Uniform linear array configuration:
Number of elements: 12
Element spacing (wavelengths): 0.75
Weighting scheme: kaiser
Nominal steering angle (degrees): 45
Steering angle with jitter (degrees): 45.207
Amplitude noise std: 0.05
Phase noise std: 0.05

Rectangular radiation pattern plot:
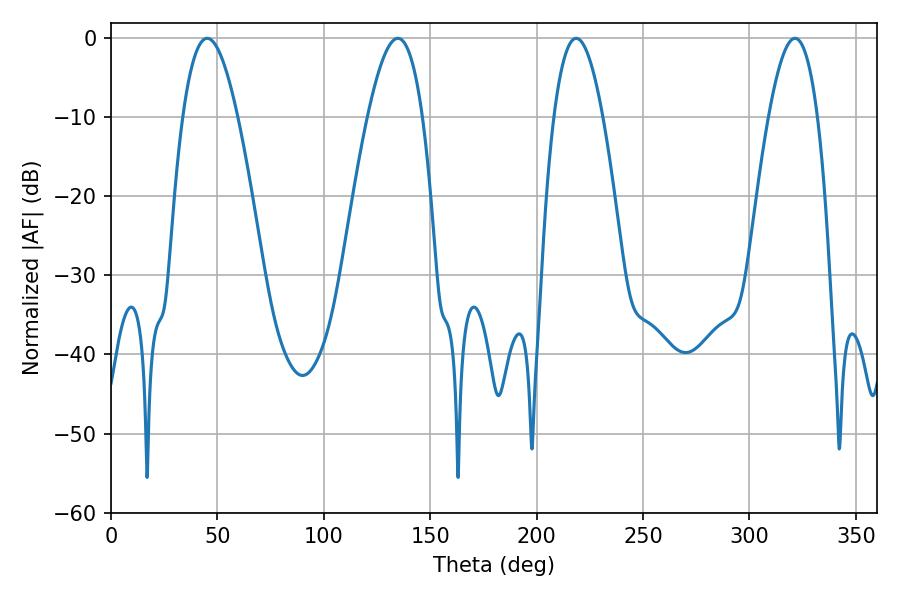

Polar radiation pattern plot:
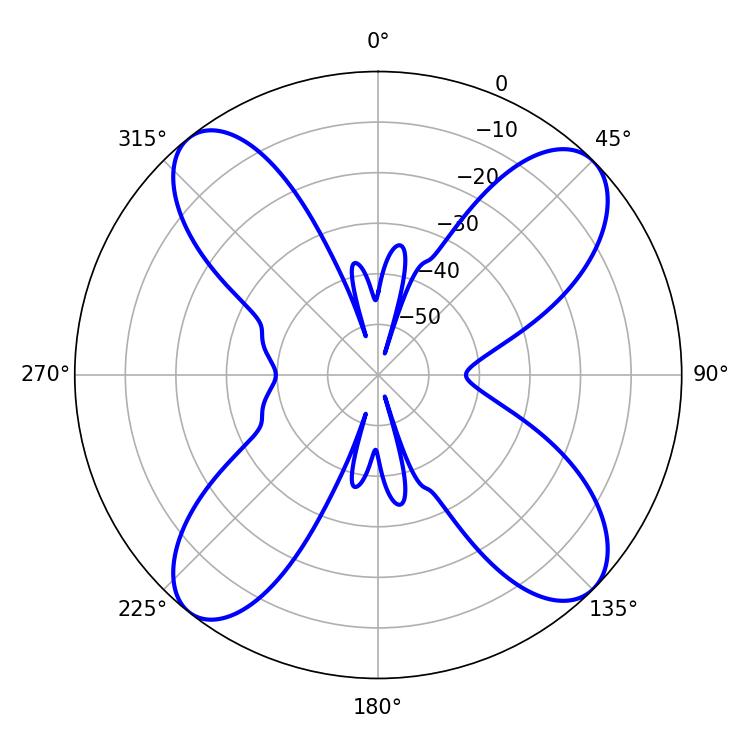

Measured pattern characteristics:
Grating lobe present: TRUE
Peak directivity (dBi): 13.901
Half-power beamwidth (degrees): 14.22
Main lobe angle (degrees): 45.18